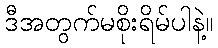
ဒီအတွက်မစိုးရိမ်ပါနဲ့။